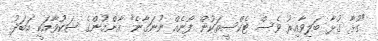
"ގުޅާ ގުޅާ ބަލިވާއިރު ވެސް ޓެކްސީތަކުން ފޯނެއް ނުނަގާނެ" އާންމުންގެ ޝަކުވާއަކީ އަބަދު